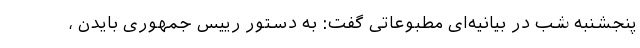
پنجشنبه شب در بیانیه‌ای مطبوعاتی گفت: به دستور رییس جمهوری بایدن ،